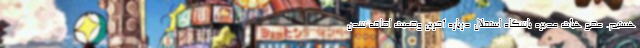
هستیم. عضو هیأت مدیره باشگاه استقلال درباره آخرین وضعیت اضافه شدن